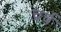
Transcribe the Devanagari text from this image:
च्रर्च